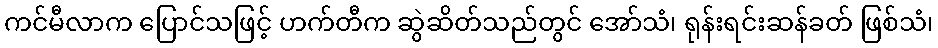
ကင်မီလာက ပြောင်သဖြင့် ဟက်တီက ဆွဲဆိတ်သည်တွင် အော်သံ၊ ရုန်းရင်းဆန်ခတ် ဖြစ်သံ၊